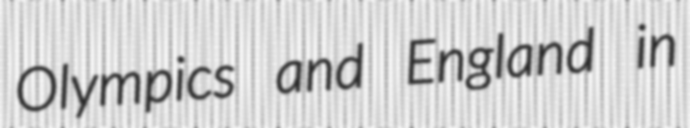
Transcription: Olympics and England in